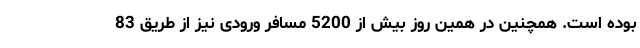
بوده است. همچنین در همین روز بیش از 5200 مسافر ورودی نیز از طریق 83